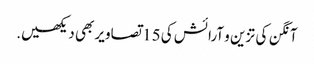
آنگن کی تزین و آرائش کی 15 تصاویر بھی دیکھیں.